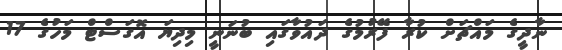
ނާދީގެ މައްޗަށް ކުރާ ފޭރުމުގެ ދައުވާގައި ބުނަނީ މިދިޔަ އޮގަސްޓް މަހުގެ 17